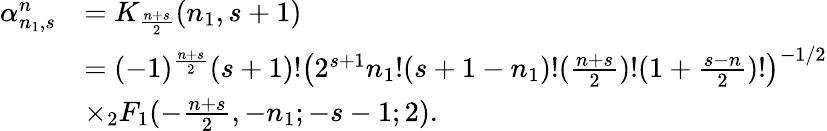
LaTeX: \begin{array}{rl}{\alpha_{n_{1},s}^{n}}&{=K_{\frac{n+s}{2}}(n_{1},s+1)}\\ &{=(-1)^{\frac{n+s}{2}}(s+1)!\left(2^{s+1}n_{1}!(s+1-n_{1})!(\frac{n+s}{2})!(1+\frac{s-n}{2})!\right)^{-1/2}}\\ &{\times_{2}F_{1}(-\frac{n+s}{2},-n_{1};-s-1;2).}\end{array}